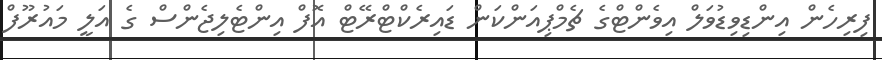
ފިރިހެން އިންޑިވިޑުވަލް އިވެންޓްގެ ޗެމްޕިއަންކަން ޑައިރެކްޓްރޭޓް އޮފް އިންޓެލިޖެންސް ގެ އަލީ މައުރޫފް